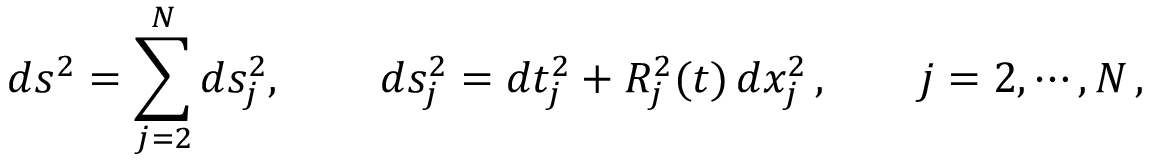
d s ^ { 2 } = \sum _ { j = 2 } ^ { N } d s _ { j } ^ { 2 } , \quad \quad \, d s _ { j } ^ { 2 } = d t _ { j } ^ { 2 } + R _ { j } ^ { 2 } ( t ) \, d x _ { j } ^ { 2 } \, , \qquad j = 2 , \cdots , N \, ,